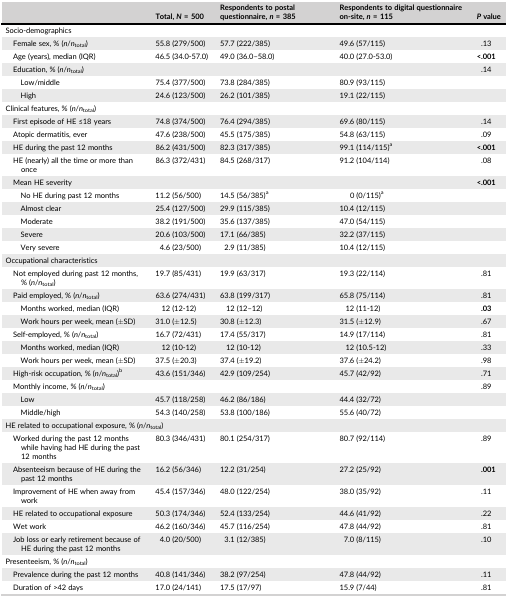
<table><thead><tr><td></td><td><b>Total, <i>N</i> = 500</b></td><td><b>Respondents to postal questionnaire, <i>n</i> = 385</b></td><td><b>Respondents to digital questionnaire on‐site, <i>n</i> = 115</b></td><td><b><i>P</i> value</b></td></tr></thead><tbody><tr><td colspan="4">Socio‐demographics</td><td></td></tr><tr><td>Female sex, % (<i>n</i>/<i>n</i><sub>total</sub>)</td><td>55.8 (279/500)</td><td>57.7 (222/385)</td><td>49.6 (57/115)</td><td>.13</td></tr><tr><td>Age (years), median (IQR)</td><td>46.5 (34.0‐57.0)</td><td>49.0 (36.0–58.0)</td><td>40.0 (27.0‐53.0)</td><td><b>&lt;.001</b></td></tr><tr><td>Education, % (<i>n</i>/<i>n</i><sub>total</sub>)</td><td></td><td></td><td></td><td>.14</td></tr><tr><td>Low/middle</td><td>75.4 (377/500)</td><td>73.8 (284/385)</td><td>80.9 (93/115)</td><td></td></tr><tr><td>High</td><td>24.6 (123/500)</td><td>26.2 (101/385)</td><td>19.1 (22/115)</td><td></td></tr><tr><td colspan="4">Clinical features, % (<i>n</i>/<i>n</i><sub>total</sub>)</td><td></td></tr><tr><td>First episode of HE ≤18 years</td><td>74.8 (374/500)</td><td>76.4 (294/385)</td><td>69.6 (80/115)</td><td>.14</td></tr><tr><td>Atopic dermatitis, ever</td><td>47.6 (238/500)</td><td>45.5 (175/385)</td><td>54.8 (63/115)</td><td>.09</td></tr><tr><td>HE during the past 12 months</td><td>86.2 (431/500)</td><td>82.3 (317/385)</td><td>99.1 (114/115)a</td><td><b>&lt;.001</b></td></tr><tr><td>HE (nearly) all the time or more than once</td><td>86.3 (372/431)</td><td>84.5 (268/317)</td><td>91.2 (104/114)</td><td>.08</td></tr><tr><td>Mean HE severity</td><td></td><td></td><td></td><td><b>&lt;.001</b></td></tr><tr><td>No HE during past 12 months</td><td>11.2 (56/500)</td><td>14.5 (56/385)a</td><td>0 (0/115)a</td><td></td></tr><tr><td>Almost clear</td><td>25.4 (127/500)</td><td>29.9 (115/385)</td><td>10.4 (12/115)</td><td></td></tr><tr><td>Moderate</td><td>38.2 (191/500)</td><td>35.6 (137/385)</td><td>47.0 (54/115)</td><td></td></tr><tr><td>Severe</td><td>20.6 (103/500)</td><td>17.1 (66/385)</td><td>32.2 (37/115)</td><td></td></tr><tr><td>Very severe</td><td>4.6 (23/500)</td><td>2.9 (11/385)</td><td>10.4 (12/115)</td><td></td></tr><tr><td colspan="4">Occupational characteristics</td><td></td></tr><tr><td>Not employed during past 12 months, % (<i>n</i>/<i>n</i><sub>total</sub>)</td><td>19.7 (85/431)</td><td>19.9 (63/317)</td><td>19.3 (22/114)</td><td>.81</td></tr><tr><td>Paid employed, % (<i>n</i>/<i>n</i><sub>total</sub>)</td><td>63.6 (274/431)</td><td>63.8 (199/317)</td><td>65.8 (75/114)</td><td>.81</td></tr><tr><td>Months worked, median (IQR)</td><td>12 (12‐12)</td><td>12 (12–12)</td><td>12 (11‐12)</td><td><b>.03</b></td></tr><tr><td>Work hours per week, mean (±SD)</td><td>31.0 (±12.5)</td><td>30.8 (±12.3)</td><td>31.5 (±12.9)</td><td>.67</td></tr><tr><td>Self‐employed, % (<i>n</i>/<i>n</i><sub>total</sub>)</td><td>16.7 (72/431)</td><td>17.4 (55/317)</td><td>14.9 (17/114)</td><td>.81</td></tr><tr><td>Months worked, median (IQR)</td><td>12 (10‐12)</td><td>12 (10‐12)</td><td>12 (10.5‐12)</td><td>.33</td></tr><tr><td>Work hours per week, mean (±SD)</td><td>37.5 (±20.3)</td><td>37.4 (±19.2)</td><td>37.6 (±24.2)</td><td>.98</td></tr><tr><td>High‐risk occupation, % (<i>n</i>/<i>n</i><sub>total</sub>)b</td><td>43.6 (151/346)</td><td>42.9 (109/254)</td><td>45.7 (42/92)</td><td>.71</td></tr><tr><td>Monthly income, % (<i>n</i>/<i>n</i><sub>total</sub>)</td><td></td><td></td><td></td><td>.89</td></tr><tr><td>Low</td><td>45.7 (118/258)</td><td>46.2 (86/186)</td><td>44.4 (32/72)</td><td></td></tr><tr><td>Middle/high</td><td>54.3 (140/258)</td><td>53.8 (100/186)</td><td>55.6 (40/72)</td><td></td></tr><tr><td colspan="4">HE related to occupational exposure, % (<i>n</i>/<i>n</i><sub>total</sub>)</td><td></td></tr><tr><td>Worked during the past 12 months while having had HE during the past 12 months</td><td>80.3 (346/431)</td><td>80.1 (254/317)</td><td>80.7 (92/114)</td><td>.89</td></tr><tr><td>Absenteeism because of HE during the past 12 months</td><td>16.2 (56/346)</td><td>12.2 (31/254)</td><td>27.2 (25/92)</td><td><b>.001</b></td></tr><tr><td>Improvement of HE when away from work</td><td>45.4 (157/346)</td><td>48.0 (122/254)</td><td>38.0 (35/92)</td><td>.11</td></tr><tr><td>HE related to occupational exposure</td><td>50.3 (174/346)</td><td>52.4 (133/254)</td><td>44.6 (41/92)</td><td>.22</td></tr><tr><td>Wet work</td><td>46.2 (160/346)</td><td>45.7 (116/254)</td><td>47.8 (44/92)</td><td>.81</td></tr><tr><td>Job loss or early retirement because of HE during the past 12 months</td><td>4.0 (20/500)</td><td>3.1 (12/385)</td><td>7.0 (8/115)</td><td>.10</td></tr><tr><td>Presenteeism, % (<i>n</i>/<i>n</i><sub>total</sub>)</td><td></td><td></td><td></td><td></td></tr><tr><td>Prevalence during the past 12 months</td><td>40.8 (141/346)</td><td>38.2 (97/254)</td><td>47.8 (44/92)</td><td>.11</td></tr><tr><td>Duration of &gt;42 days</td><td>17.0 (24/141)</td><td>17.5 (17/97)</td><td>15.9 (7/44)</td><td>.81</td></tr></tbody></table>